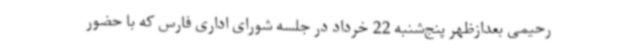
رحیمی بعدازظهر پنج‌شنبه 22 خرداد در جلسه شورای اداری فارس که با حضور